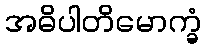
အဓိပါတိမောက္ခံ